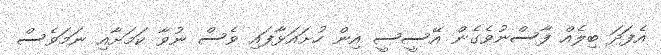
އެފަދަ ބިލެއް ފާސްނުވެގެން އޭސީސީ އިން ހުށައަޅާފައި ވެސް ނުވާ ކަމަށާއި ނަމަވެސް